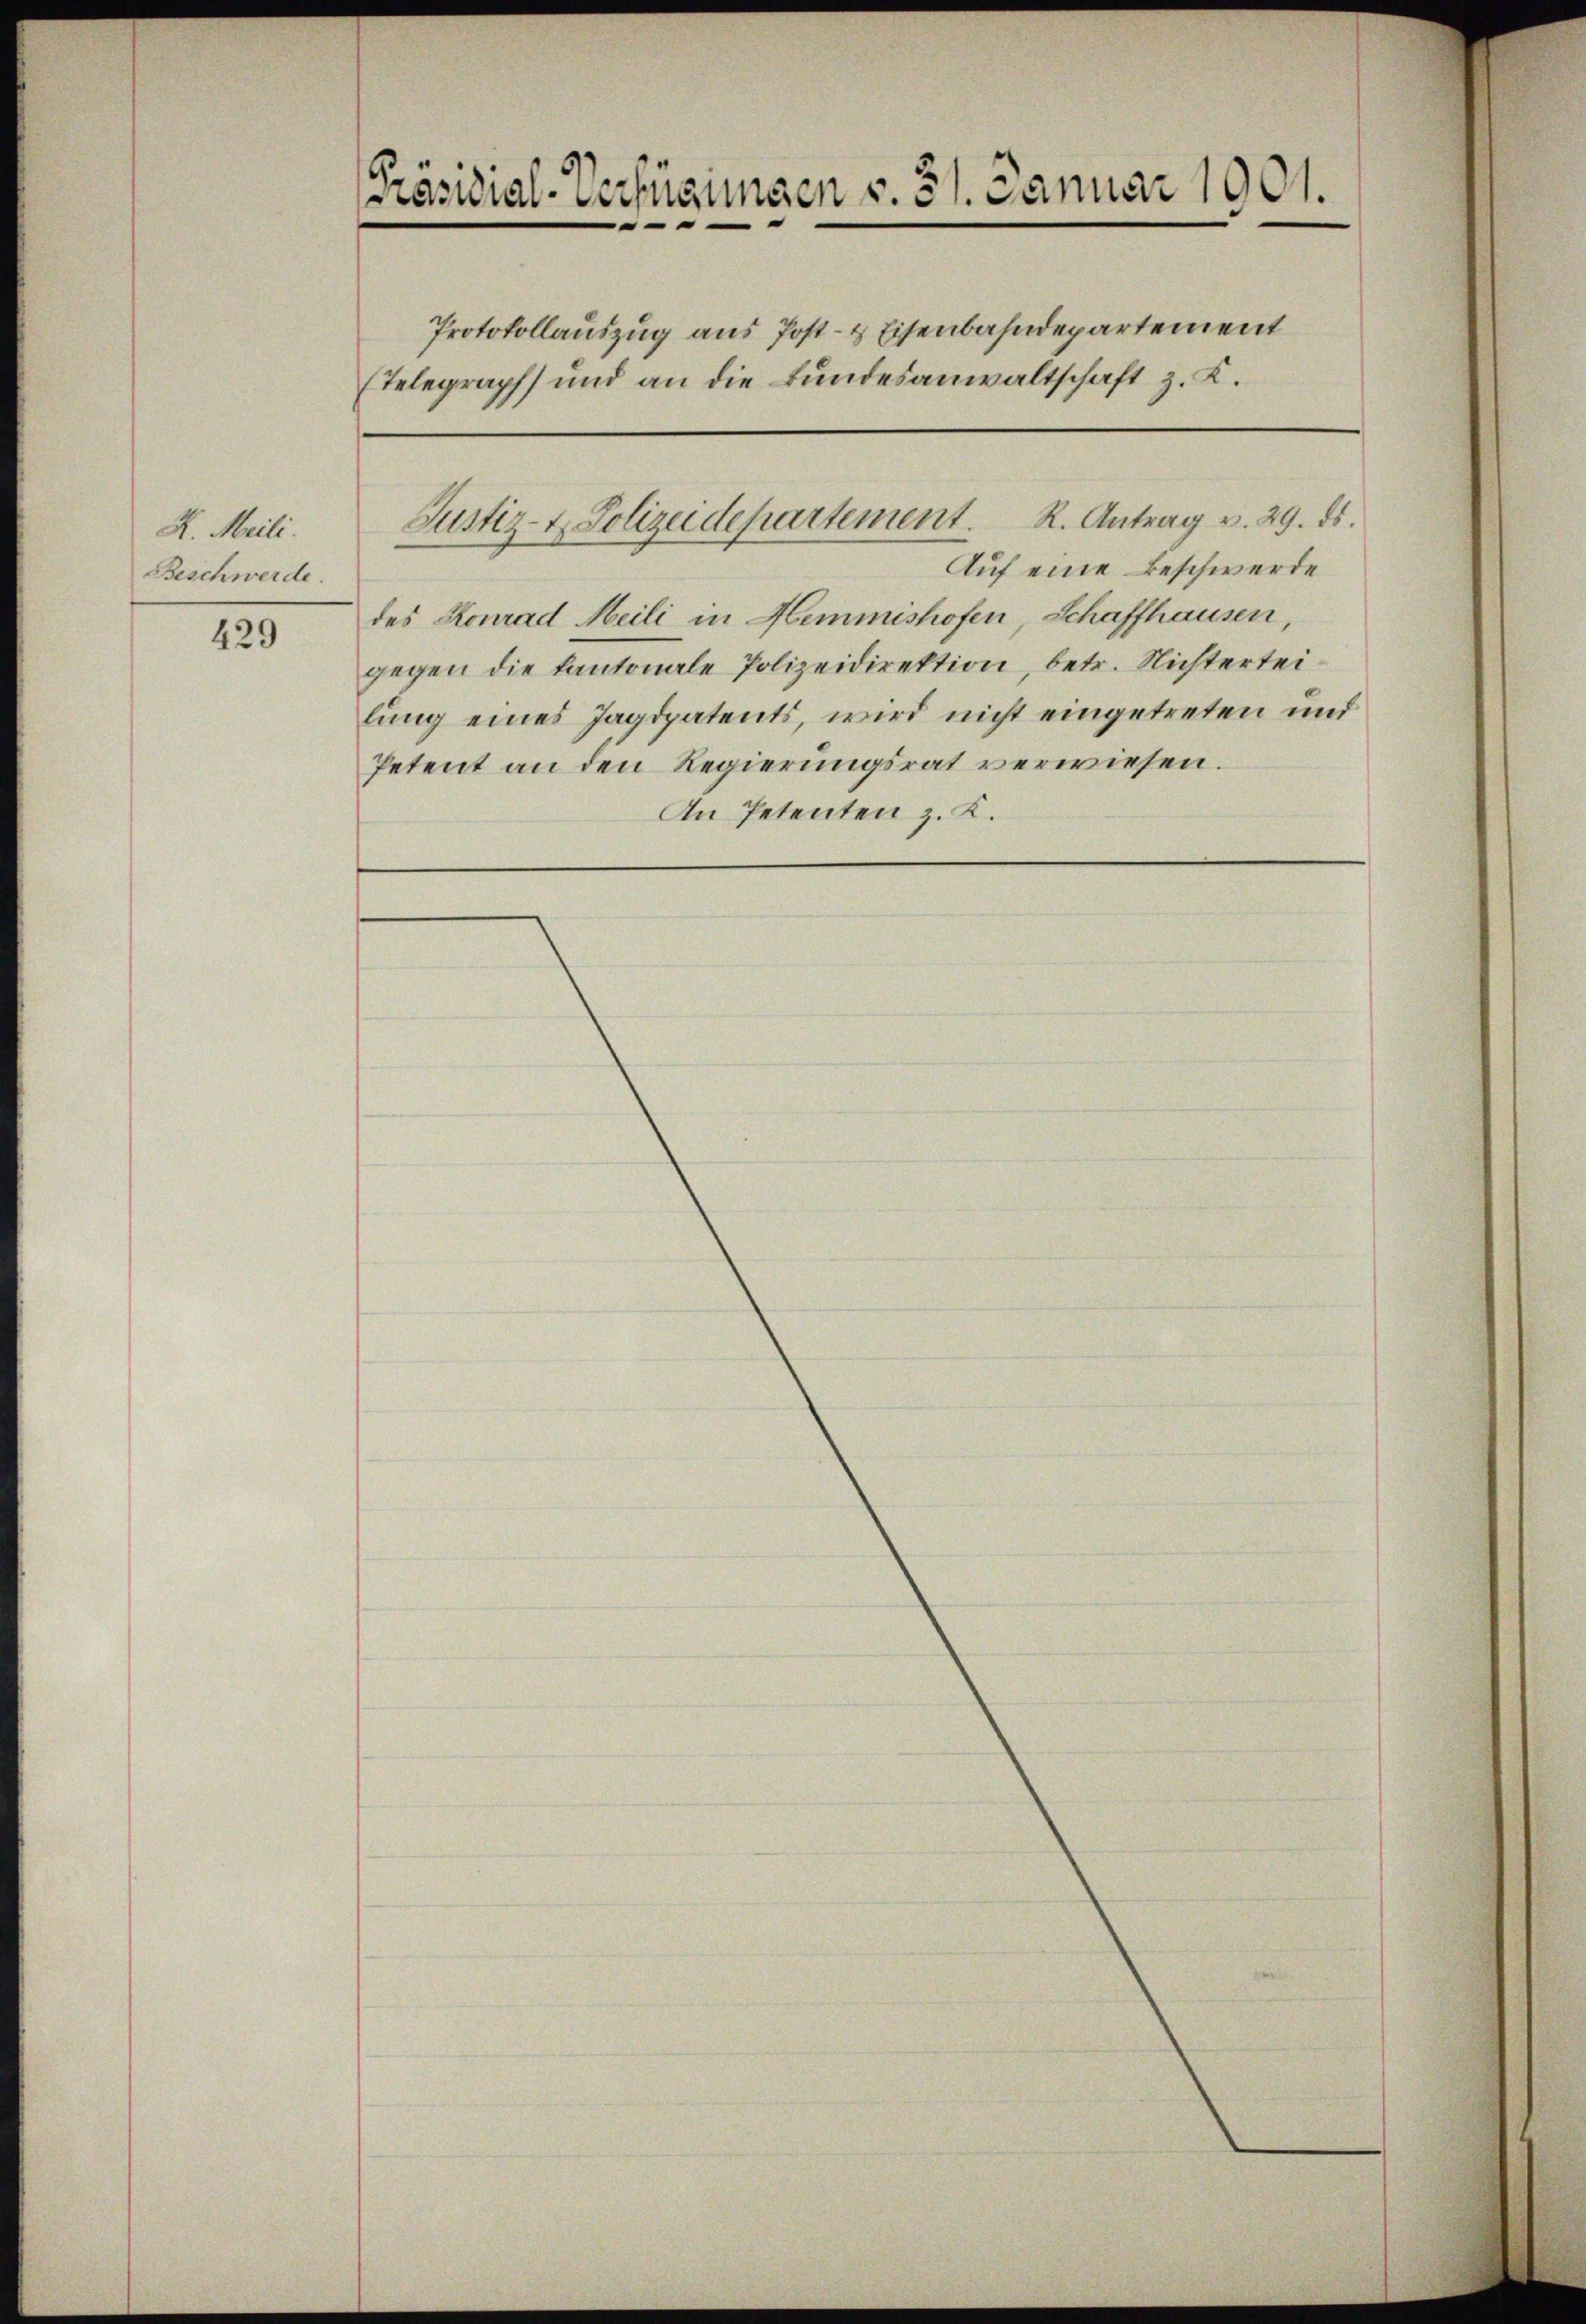
H. Meili.
Beschwerde.

429

[Präsidial-Verfügungen v. 31. Januar 19
Protokollauszug aus Post- & Eisenbahndepartemen
Telegraph und an die Bundesanwaltschaft z. K.

Auf eine Beschwerde
des Konrad Meili in Hemmishofen, Schaffhausen,
gegen die Kantonale Polizeidirektion, betr. Nichtertei
lung eines Jagdpatents, wird nicht eingetreten un
Petent an den Regierungsrat verwiesen.
An Petenten z. K.

R. Antrag v. 29.
Justiz- & Polizeidepartement.